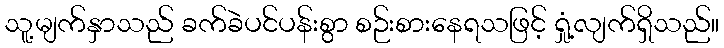
သူ့မျက်နှာသည် ခက်ခဲပင်ပန်းစွာ စဉ်းစားနေရသဖြင့် ရှုံ့လျက်ရှိသည်။